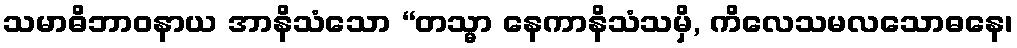
သမာဓိဘာဝနာယ အာနိသံသော “တသ္မာ နေကာနိသံသမှိ, ကိလေသမလသောဓနေ၊